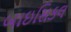
બાઇસિકલ